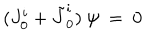
LaTeX: ( J _ { 0 } ^ { i } + \tilde { J } _ { 0 } ^ { i } ) \ \psi \ = \ 0